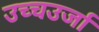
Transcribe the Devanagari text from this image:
उच्चउर्जा